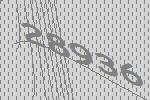
28936